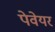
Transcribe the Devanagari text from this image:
पेवेयर